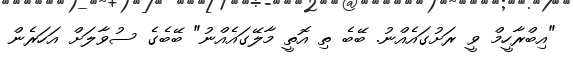
"އިބްރާހީމް ވީ ރަށުގައެއްނު. ބޭބެ ތި އޮތީ މާލޭގައެއްނު" ބޭބެގެ ސުވާލަށް އަހަރެން